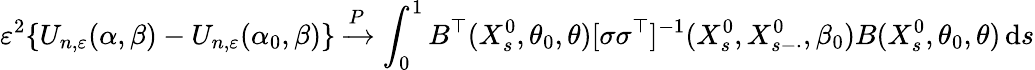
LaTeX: \varepsilon^{2}\{ U_{n,\varepsilon}(\alpha,\beta)-U_{n,\varepsilon}(\alpha_{0},\beta)\} \xrightarrow{P}\int_{0}^{1}B^{\top}(X_{s}^{0},\theta_{0},\theta)[\sigma\sigma^{\top}]^{-1}(X_{s}^{0},X_{s-\cdot}^{0},\beta_{0})B(X_{s}^{0},\theta_{0},\theta)\, \mathrm{d}s